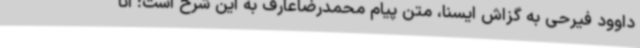
داوود فیرحی به گزاش ایسنا، متن پیام محمدرضاعارف به این شرح است: انا